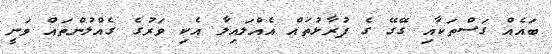
ބައެއް ގަސްތަކާއި ގޭގޭ ގެ ފުރާޅުތައް އެއްލައިލާ އެކި ވަރުގެ ގެއްލުންތައް ވަނީ